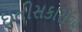
ઇતીસકારોએ